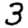
Digit: 3